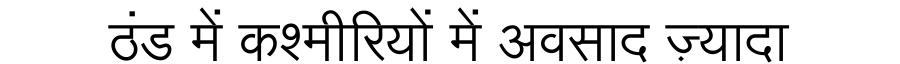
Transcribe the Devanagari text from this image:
ठंड में कश्मीरियों में अवसाद ज़्यादा